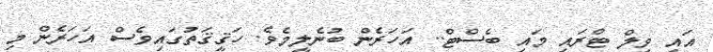
އައި ވިލް ޓްރައި މައި ބެސްޓް.. އަހަރެން ބުނެލީމެވެ. ހަޤީޤަތުގައިވެސް އަހަރެން މި